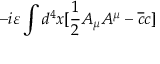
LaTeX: - i \varepsilon \int d ^ { 4 } x [ \frac { 1 } { 2 } A _ { \mu } A ^ { \mu } - \overline { { { c } } } c ]